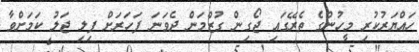
ހައްޔަރުކުރި މީހުންގެ ތެރޭގައި ޖޯގިން ގުޒްމަން ދެވަނަ ފަހަރަށް ފިލި ޖަލު ކަމަށްވާ